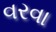
વરવા